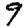
Digit: 9